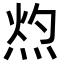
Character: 𭴰